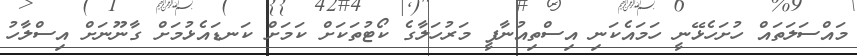
މައްސަލަތައް ހުށަހެޅޭނީ ހަމައެކަނި އިސްތިއުނާފީ މަރުހަލާގެ ކޯޓުތަކަށް ކަމަށް ކަނޑައެޅުމަށް ގާނޫނަށް އިސްލާހު